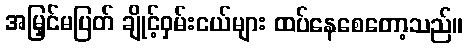
အမြှင်မပြတ် ချိုင့်ဝှမ်းငယ်များ ထပ်နေစေတော့သည်။